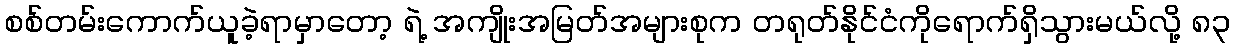
စစ်တမ်းကောက်ယူခဲ့ရာမှာတော့ ရဲ့ အကျိုးအမြတ်အများစုက တရုတ်နိုင်ငံကိုရောက်ရှိသွားမယ်လို့ ၈၃